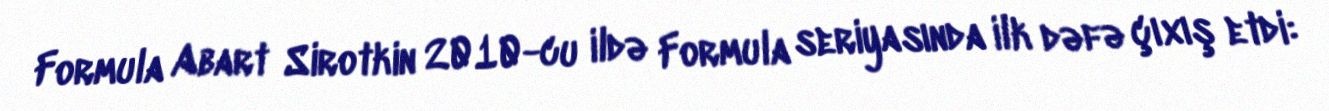
Formula Abart Sirotkin 2010-cu ildə Formula seriyasında ilk dəfə çıxış etdi: